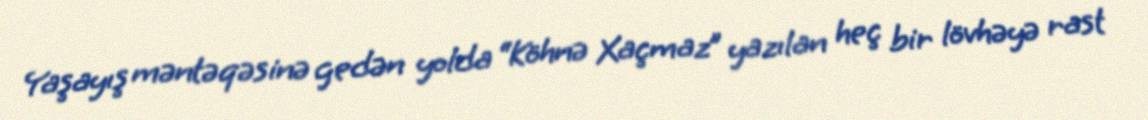
Yaşayış məntəqəsinə gedən yolda “Köhnə Xaçmaz” yazılan heç bir lövhəyə rast